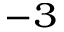
^ { - 3 }